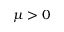
\mu > 0